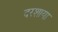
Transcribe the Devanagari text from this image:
दरशाया